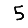
Digit: 5